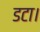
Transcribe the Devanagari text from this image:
डटा।